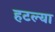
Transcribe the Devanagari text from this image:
हटल्या